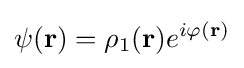
\psi (\mathbf {r} )=\rho _{1}(\mathbf {r} )e^{i\varphi (\mathbf {r} )}